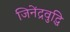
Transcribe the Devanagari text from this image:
जिनेंद्रवुद्धि